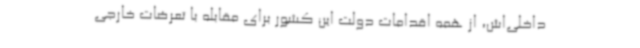
داخلی‌اش، از همه اقدامات دولت این کشور برای مقابله با تعرضات خارجی